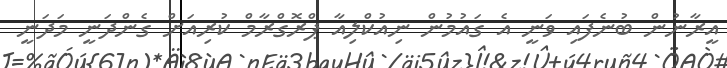
އީރާނުން ބުނެފައި ވަނީ އެ ގައުމުން ނިއުކްލިއާ ޕްރޮގްރާމް ކުރިއަށް ގެންދަނީ މަދަނީ